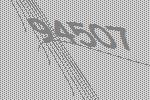
94507